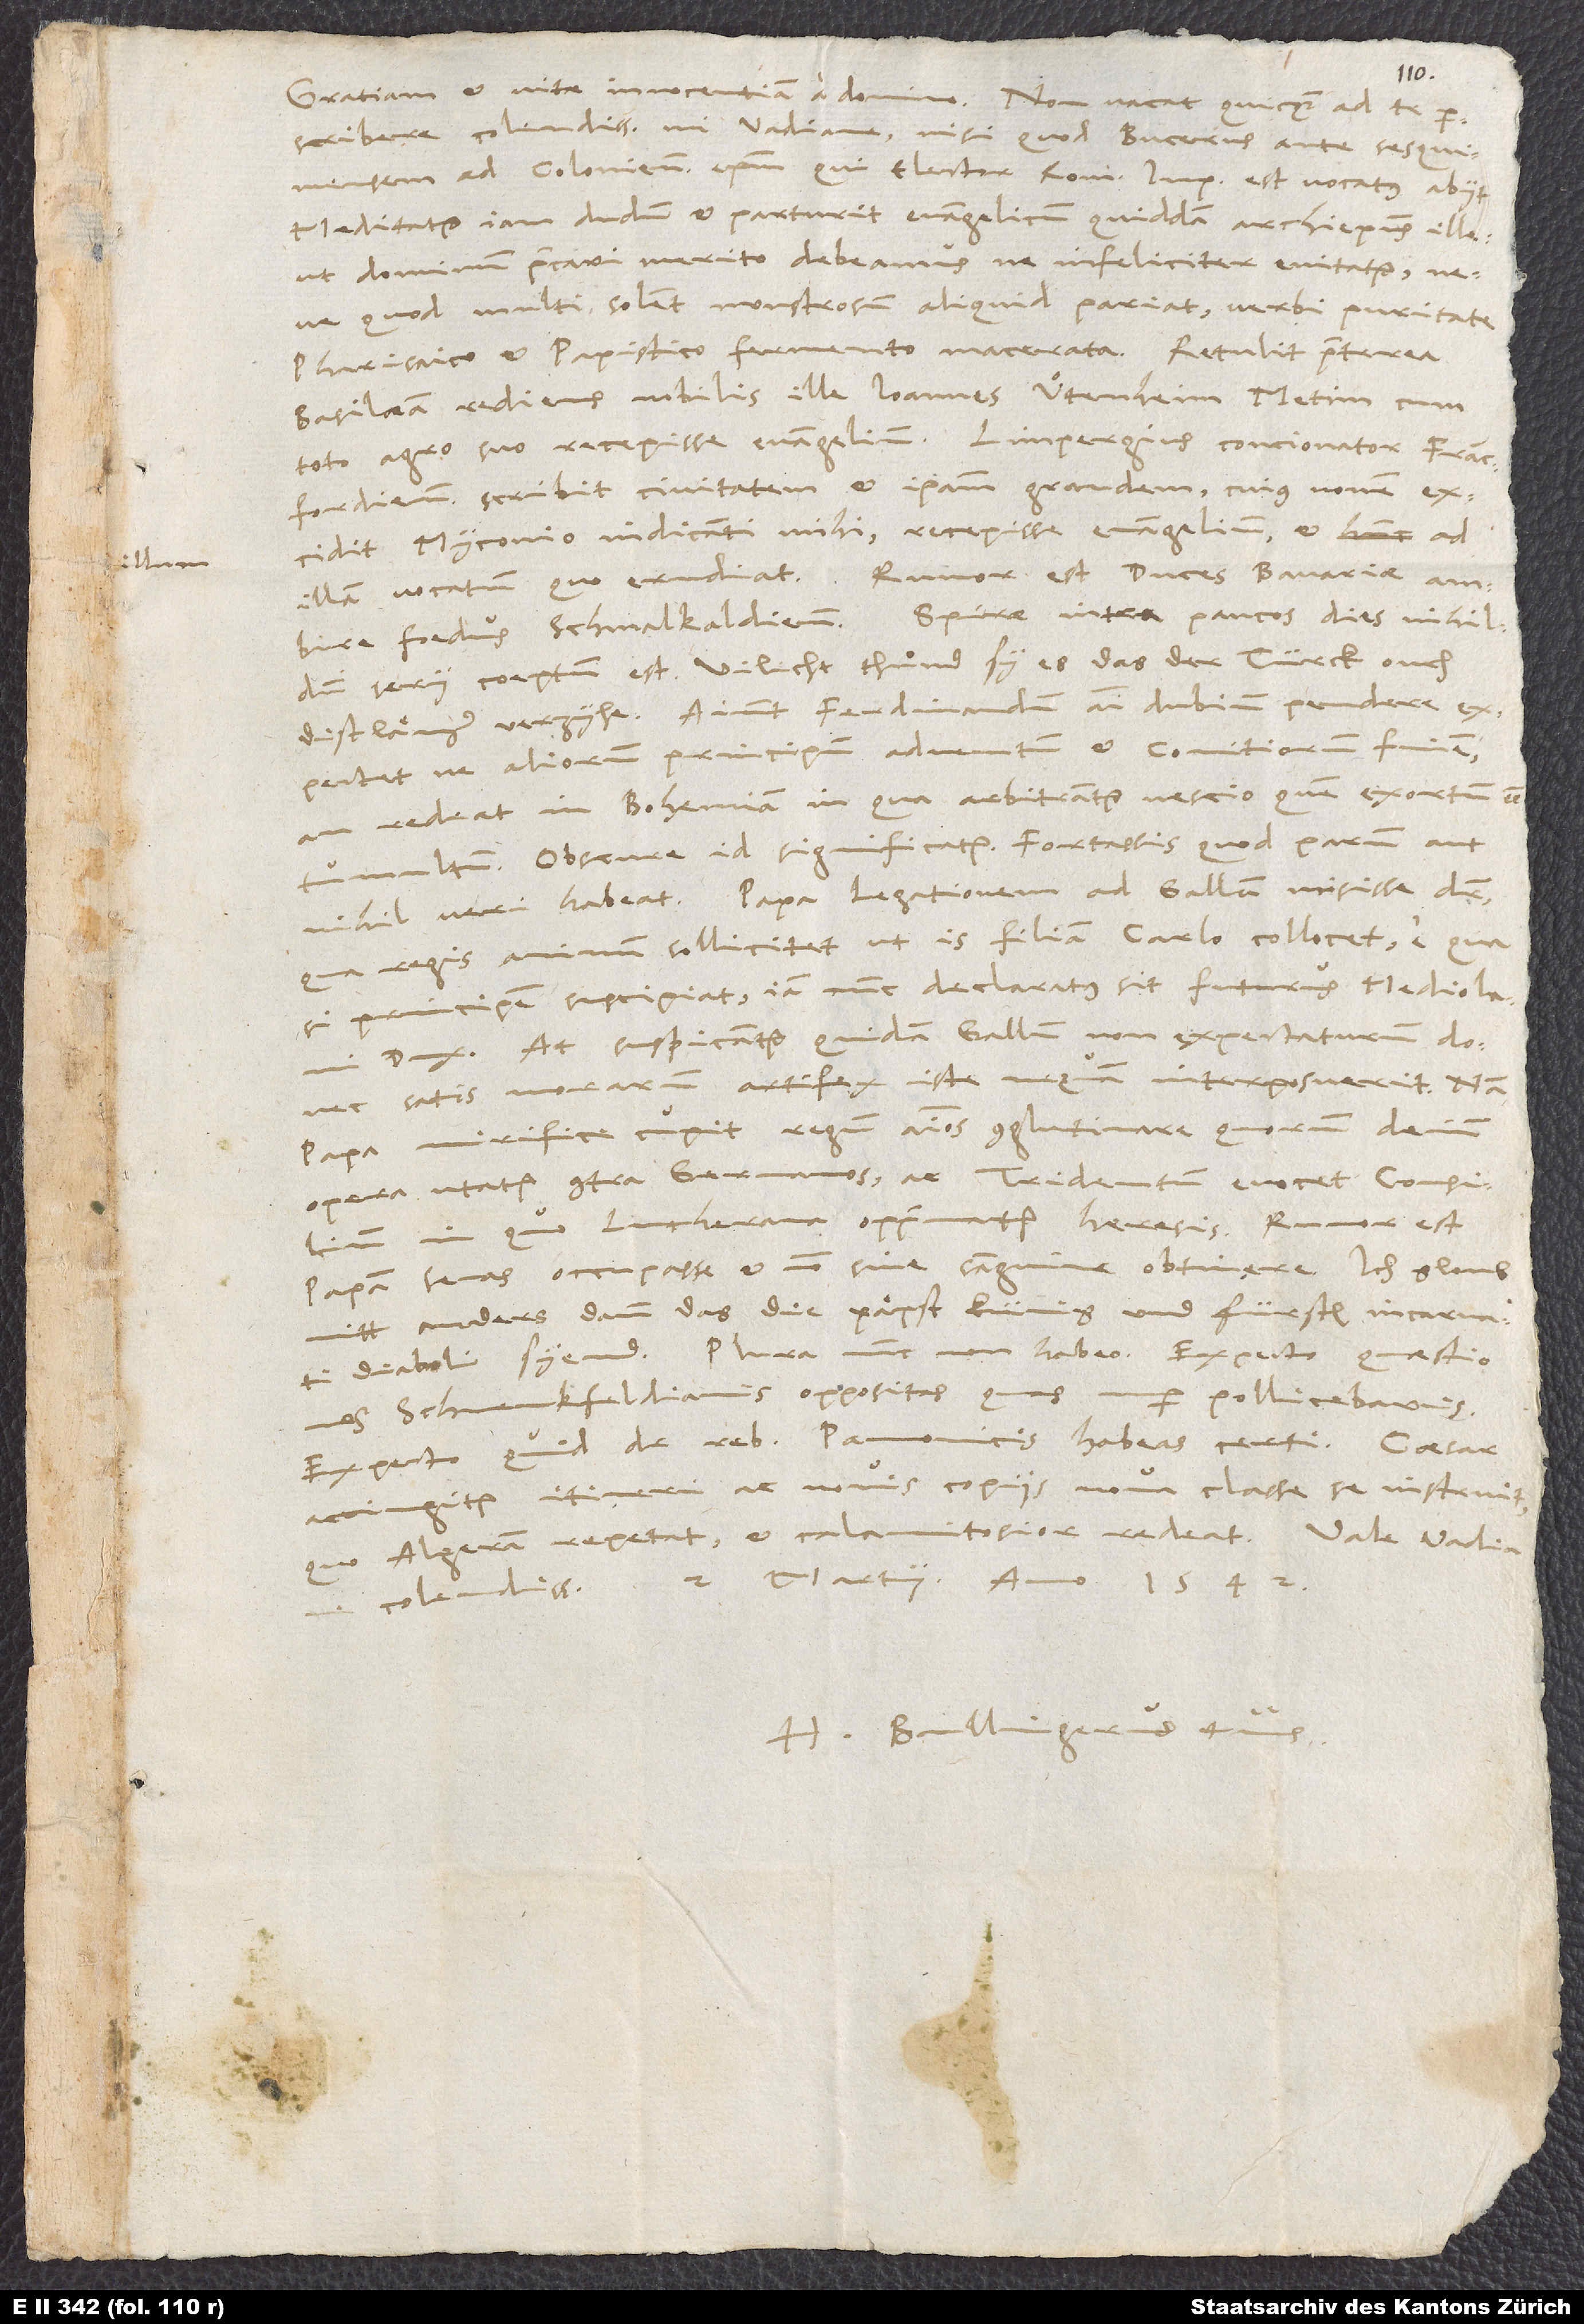
Gratiam et vitae innocentiam a domino. Non vacat quicquam ad te
perscribere, colendissime mi Vadiane, nisi quod Bucerus ante sesquimensem
ad Coloniensem episcopum, qui elector Romani imperii est, vocatus abiit.
Meditatur iam dudum et parturit evangelicum quiddam archiepiscopus ille,
ut dominum precari merito debeamus, ne infeliciter enitatur
quod multi solent, monstrosum aliquid pariat, verbi puritate
pharisaico et papistico fermento macerata. Retulit praeterea
Basileam rediens nobilis ille Ioannes Uͦtenheim, Metim cum
toto agro suo recepisse evangelium. Limpergius, contionator Francfordiensis,
scribit, civitatem et ipsam grandem, cuius nomen
excidit Myconio indicanti mihi, recepisse evangelium, et ad
illam vocatum, quo erudiat. Rumor est, duces Bavariae ambire
foedus Schmalkaldiense. Spirae intra paucos dies nihildum
serii coeptum est. Vilicht thuͦnd sy es, das der Türck ouch
dist länger verzyhe. Aiunt Ferdinandum animi dubium pendere,
exspectetne aliorum principum adventum et comitiorum finem,
an redeat in Bohemiam, in qua arbitrantur nescio quem exortum esse
tumultum. Obscure id significatur; fortassis quod parum aut
nihil veri habeat. Papa legationem ad Gallum misisse dicitur,
qua regis animum sollicitet, ut is filiam Carlo collocet; e qua
si principem suscipiat, iam nunc declaratus sit futurus Mediolani
dux. At suspicantur quidam, Gallum non exspectaturum, donec
satis morarum artifex iste nequam interposuerit; nam
papa mirifice cupit regum animos conglutinare, quorum deinde
opera utatur contra Germanos ac Tridentum evocet consilium,
in quo Lutherana opprimatur haeresis. Rumor est,
papam Senas occupasse et non sine sanguine obtinere. Ich gloub
nitt anders, dann das die päpst, künig und fürsten incarnati
diaboli syend. Plura nunc non habeo. Exspecto quaestiones
Schvenkfeldianis oppositas, quas nuper pollicebaris.
Exspecto, quid de rebus Pannonicis habeas certi. Caesar
accingitur itineri ac novis copiis, nova classe se instruit,
quo Algeram repetat et calamitosior redeat. Vale, Vadiane
colendissime. 2 Martii, anno 1542.
Bullingerus tuus.